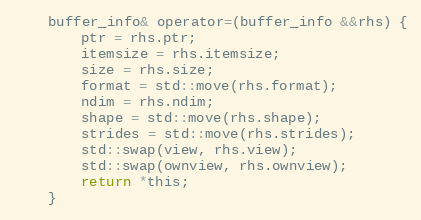
Language: C
    buffer_info& operator=(buffer_info &&rhs) {
        ptr = rhs.ptr;
        itemsize = rhs.itemsize;
        size = rhs.size;
        format = std::move(rhs.format);
        ndim = rhs.ndim;
        shape = std::move(rhs.shape);
        strides = std::move(rhs.strides);
        std::swap(view, rhs.view);
        std::swap(ownview, rhs.ownview);
        return *this;
    }